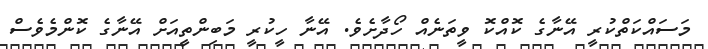
މަސައްކަތްކުރީ އޭނާގެ ކޮއްކޮ ވީތަނެއް ހޯދާށެވެ. އޭނާ ހީކުރީ މަބިންތީއަށް އޭނާގެ ކޮންމެވެސް